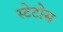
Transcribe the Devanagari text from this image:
स्टेटोस